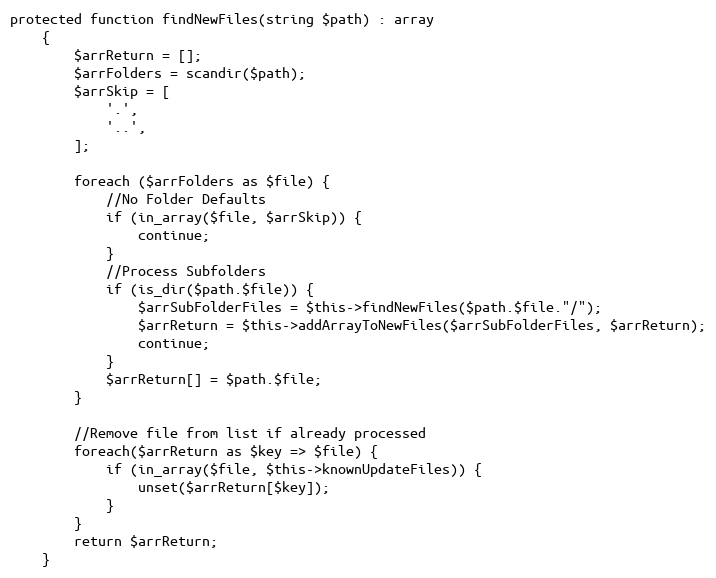
Language: PHP
protected function findNewFiles(string $path) : array
    {
        $arrReturn = [];
        $arrFolders = scandir($path);
        $arrSkip = [
            '.',
            '..',
        ];

        foreach ($arrFolders as $file) {
            //No Folder Defaults
            if (in_array($file, $arrSkip)) {
                continue;
            }
            //Process Subfolders
            if (is_dir($path.$file)) {
                $arrSubFolderFiles = $this->findNewFiles($path.$file."/");
                $arrReturn = $this->addArrayToNewFiles($arrSubFolderFiles, $arrReturn);
                continue;
            }
            $arrReturn[] = $path.$file;
        }

        //Remove file from list if already processed
        foreach($arrReturn as $key => $file) {
            if (in_array($file, $this->knownUpdateFiles)) {
                unset($arrReturn[$key]);
            }
        }
        return $arrReturn;
    }